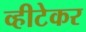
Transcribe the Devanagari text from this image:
व्हीटेकर